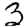
Digit: 3